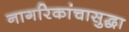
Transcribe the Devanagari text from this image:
नागरिकांचासुद्धा